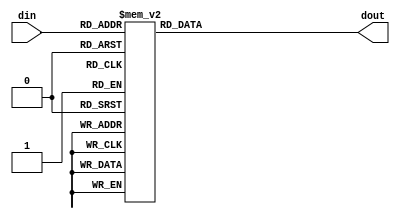
// -------------------------------------------------------------------------------------------------
// Function         :   ZUC Cryptographic Algorithm Core S-BOX
// -------------------------------------------------------------------------------------------------
// Version            v-1.0
// copyright          XCrypt Studio
// -------------------------------------------------------------------------------------------------

module zuc_s1(
    input   [7:0]   din,
    output  [7:0]   dout
    );
    reg [7:0] r_dout;
    assign dout = r_dout;
    always@(din) begin
        case(din)
			8'h00 : r_dout = 8'h55;
			8'h01 : r_dout = 8'hc2;
			8'h02 : r_dout = 8'h63;
			8'h03 : r_dout = 8'h71;
			8'h04 : r_dout = 8'h3b;
			8'h05 : r_dout = 8'hc8;
			8'h06 : r_dout = 8'h47;
			8'h07 : r_dout = 8'h86;
			8'h08 : r_dout = 8'h9f;
			8'h09 : r_dout = 8'h3c;
			8'h0a : r_dout = 8'hda;
			8'h0b : r_dout = 8'h5b;
			8'h0c : r_dout = 8'h29;
			8'h0d : r_dout = 8'haa;
			8'h0e : r_dout = 8'hfd;
			8'h0f : r_dout = 8'h77;
			8'h10 : r_dout = 8'h8c;
			8'h11 : r_dout = 8'hc5;
			8'h12 : r_dout = 8'h94;
			8'h13 : r_dout = 8'h0c;
			8'h14 : r_dout = 8'ha6;
			8'h15 : r_dout = 8'h1a;
			8'h16 : r_dout = 8'h13;
			8'h17 : r_dout = 8'h00;
			8'h18 : r_dout = 8'he3;
			8'h19 : r_dout = 8'ha8;
			8'h1a : r_dout = 8'h16;
			8'h1b : r_dout = 8'h72;
			8'h1c : r_dout = 8'h40;
			8'h1d : r_dout = 8'hf9;
			8'h1e : r_dout = 8'hf8;
			8'h1f : r_dout = 8'h42;
			8'h20 : r_dout = 8'h44;
			8'h21 : r_dout = 8'h26;
			8'h22 : r_dout = 8'h68;
			8'h23 : r_dout = 8'h96;
			8'h24 : r_dout = 8'h81;
			8'h25 : r_dout = 8'hd9;
			8'h26 : r_dout = 8'h45;
			8'h27 : r_dout = 8'h3e;
			8'h28 : r_dout = 8'h10;
			8'h29 : r_dout = 8'h76;
			8'h2a : r_dout = 8'hc6;
			8'h2b : r_dout = 8'ha7;
			8'h2c : r_dout = 8'h8b;
			8'h2d : r_dout = 8'h39;
			8'h2e : r_dout = 8'h43;
			8'h2f : r_dout = 8'he1;
			8'h30 : r_dout = 8'h3a;
			8'h31 : r_dout = 8'hb5;
			8'h32 : r_dout = 8'h56;
			8'h33 : r_dout = 8'h2a;
			8'h34 : r_dout = 8'hc0;
			8'h35 : r_dout = 8'h6d;
			8'h36 : r_dout = 8'hb3;
			8'h37 : r_dout = 8'h05;
			8'h38 : r_dout = 8'h22;
			8'h39 : r_dout = 8'h66;
			8'h3a : r_dout = 8'hbf;
			8'h3b : r_dout = 8'hdc;
			8'h3c : r_dout = 8'h0b;
			8'h3d : r_dout = 8'hfa;
			8'h3e : r_dout = 8'h62;
			8'h3f : r_dout = 8'h48;
			8'h40 : r_dout = 8'hdd;
			8'h41 : r_dout = 8'h20;
			8'h42 : r_dout = 8'h11;
			8'h43 : r_dout = 8'h06;
			8'h44 : r_dout = 8'h36;
			8'h45 : r_dout = 8'hc9;
			8'h46 : r_dout = 8'hc1;
			8'h47 : r_dout = 8'hcf;
			8'h48 : r_dout = 8'hf6;
			8'h49 : r_dout = 8'h27;
			8'h4a : r_dout = 8'h52;
			8'h4b : r_dout = 8'hbb;
			8'h4c : r_dout = 8'h69;
			8'h4d : r_dout = 8'hf5;
			8'h4e : r_dout = 8'hd4;
			8'h4f : r_dout = 8'h87;
			8'h50 : r_dout = 8'h7f;
			8'h51 : r_dout = 8'h84;
			8'h52 : r_dout = 8'h4c;
			8'h53 : r_dout = 8'hd2;
			8'h54 : r_dout = 8'h9c;
			8'h55 : r_dout = 8'h57;
			8'h56 : r_dout = 8'ha4;
			8'h57 : r_dout = 8'hbc;
			8'h58 : r_dout = 8'h4f;
			8'h59 : r_dout = 8'h9a;
			8'h5a : r_dout = 8'hdf;
			8'h5b : r_dout = 8'hfe;
			8'h5c : r_dout = 8'hd6;
			8'h5d : r_dout = 8'h8d;
			8'h5e : r_dout = 8'h7a;
			8'h5f : r_dout = 8'heb;
			8'h60 : r_dout = 8'h2b;
			8'h61 : r_dout = 8'h53;
			8'h62 : r_dout = 8'hd8;
			8'h63 : r_dout = 8'h5c;
			8'h64 : r_dout = 8'ha1;
			8'h65 : r_dout = 8'h14;
			8'h66 : r_dout = 8'h17;
			8'h67 : r_dout = 8'hfb;
			8'h68 : r_dout = 8'h23;
			8'h69 : r_dout = 8'hd5;
			8'h6a : r_dout = 8'h7d;
			8'h6b : r_dout = 8'h30;
			8'h6c : r_dout = 8'h67;
			8'h6d : r_dout = 8'h73;
			8'h6e : r_dout = 8'h08;
			8'h6f : r_dout = 8'h09;
			8'h70 : r_dout = 8'hee;
			8'h71 : r_dout = 8'hb7;
			8'h72 : r_dout = 8'h70;
			8'h73 : r_dout = 8'h3f;
			8'h74 : r_dout = 8'h61;
			8'h75 : r_dout = 8'hb2;
			8'h76 : r_dout = 8'h19;
			8'h77 : r_dout = 8'h8e;
			8'h78 : r_dout = 8'h4e;
			8'h79 : r_dout = 8'he5;
			8'h7a : r_dout = 8'h4b;
			8'h7b : r_dout = 8'h93;
			8'h7c : r_dout = 8'h8f;
			8'h7d : r_dout = 8'h5d;
			8'h7e : r_dout = 8'hdb;
			8'h7f : r_dout = 8'ha9;
			8'h80 : r_dout = 8'had;
			8'h81 : r_dout = 8'hf1;
			8'h82 : r_dout = 8'hae;
			8'h83 : r_dout = 8'h2e;
			8'h84 : r_dout = 8'hcb;
			8'h85 : r_dout = 8'h0d;
			8'h86 : r_dout = 8'hfc;
			8'h87 : r_dout = 8'hf4;
			8'h88 : r_dout = 8'h2d;
			8'h89 : r_dout = 8'h46;
			8'h8a : r_dout = 8'h6e;
			8'h8b : r_dout = 8'h1d;
			8'h8c : r_dout = 8'h97;
			8'h8d : r_dout = 8'he8;
			8'h8e : r_dout = 8'hd1;
			8'h8f : r_dout = 8'he9;
			8'h90 : r_dout = 8'h4d;
			8'h91 : r_dout = 8'h37;
			8'h92 : r_dout = 8'ha5;
			8'h93 : r_dout = 8'h75;
			8'h94 : r_dout = 8'h5e;
			8'h95 : r_dout = 8'h83;
			8'h96 : r_dout = 8'h9e;
			8'h97 : r_dout = 8'hab;
			8'h98 : r_dout = 8'h82;
			8'h99 : r_dout = 8'h9d;
			8'h9a : r_dout = 8'hb9;
			8'h9b : r_dout = 8'h1c;
			8'h9c : r_dout = 8'he0;
			8'h9d : r_dout = 8'hcd;
			8'h9e : r_dout = 8'h49;
			8'h9f : r_dout = 8'h89;
			8'ha0 : r_dout = 8'h01;
			8'ha1 : r_dout = 8'hb6;
			8'ha2 : r_dout = 8'hbd;
			8'ha3 : r_dout = 8'h58;
			8'ha4 : r_dout = 8'h24;
			8'ha5 : r_dout = 8'ha2;
			8'ha6 : r_dout = 8'h5f;
			8'ha7 : r_dout = 8'h38;
			8'ha8 : r_dout = 8'h78;
			8'ha9 : r_dout = 8'h99;
			8'haa : r_dout = 8'h15;
			8'hab : r_dout = 8'h90;
			8'hac : r_dout = 8'h50;
			8'had : r_dout = 8'hb8;
			8'hae : r_dout = 8'h95;
			8'haf : r_dout = 8'he4;
			8'hb0 : r_dout = 8'hd0;
			8'hb1 : r_dout = 8'h91;
			8'hb2 : r_dout = 8'hc7;
			8'hb3 : r_dout = 8'hce;
			8'hb4 : r_dout = 8'hed;
			8'hb5 : r_dout = 8'h0f;
			8'hb6 : r_dout = 8'hb4;
			8'hb7 : r_dout = 8'h6f;
			8'hb8 : r_dout = 8'ha0;
			8'hb9 : r_dout = 8'hcc;
			8'hba : r_dout = 8'hf0;
			8'hbb : r_dout = 8'h02;
			8'hbc : r_dout = 8'h4a;
			8'hbd : r_dout = 8'h79;
			8'hbe : r_dout = 8'hc3;
			8'hbf : r_dout = 8'hde;
			8'hc0 : r_dout = 8'ha3;
			8'hc1 : r_dout = 8'hef;
			8'hc2 : r_dout = 8'hea;
			8'hc3 : r_dout = 8'h51;
			8'hc4 : r_dout = 8'he6;
			8'hc5 : r_dout = 8'h6b;
			8'hc6 : r_dout = 8'h18;
			8'hc7 : r_dout = 8'hec;
			8'hc8 : r_dout = 8'h1b;
			8'hc9 : r_dout = 8'h2c;
			8'hca : r_dout = 8'h80;
			8'hcb : r_dout = 8'hf7;
			8'hcc : r_dout = 8'h74;
			8'hcd : r_dout = 8'he7;
			8'hce : r_dout = 8'hff;
			8'hcf : r_dout = 8'h21;
			8'hd0 : r_dout = 8'h5a;
			8'hd1 : r_dout = 8'h6a;
			8'hd2 : r_dout = 8'h54;
			8'hd3 : r_dout = 8'h1e;
			8'hd4 : r_dout = 8'h41;
			8'hd5 : r_dout = 8'h31;
			8'hd6 : r_dout = 8'h92;
			8'hd7 : r_dout = 8'h35;
			8'hd8 : r_dout = 8'hc4;
			8'hd9 : r_dout = 8'h33;
			8'hda : r_dout = 8'h07;
			8'hdb : r_dout = 8'h0a;
			8'hdc : r_dout = 8'hba;
			8'hdd : r_dout = 8'h7e;
			8'hde : r_dout = 8'h0e;
			8'hdf : r_dout = 8'h34;
			8'he0 : r_dout = 8'h88;
			8'he1 : r_dout = 8'hb1;
			8'he2 : r_dout = 8'h98;
			8'he3 : r_dout = 8'h7c;
			8'he4 : r_dout = 8'hf3;
			8'he5 : r_dout = 8'h3d;
			8'he6 : r_dout = 8'h60;
			8'he7 : r_dout = 8'h6c;
			8'he8 : r_dout = 8'h7b;
			8'he9 : r_dout = 8'hca;
			8'hea : r_dout = 8'hd3;
			8'heb : r_dout = 8'h1f;
			8'hec : r_dout = 8'h32;
			8'hed : r_dout = 8'h65;
			8'hee : r_dout = 8'h04;
			8'hef : r_dout = 8'h28;
			8'hf0 : r_dout = 8'h64;
			8'hf1 : r_dout = 8'hbe;
			8'hf2 : r_dout = 8'h85;
			8'hf3 : r_dout = 8'h9b;
			8'hf4 : r_dout = 8'h2f;
			8'hf5 : r_dout = 8'h59;
			8'hf6 : r_dout = 8'h8a;
			8'hf7 : r_dout = 8'hd7;
			8'hf8 : r_dout = 8'hb0;
			8'hf9 : r_dout = 8'h25;
			8'hfa : r_dout = 8'hac;
			8'hfb : r_dout = 8'haf;
			8'hfc : r_dout = 8'h12;
			8'hfd : r_dout = 8'h03;
			8'hfe : r_dout = 8'he2;
			8'hff : r_dout = 8'hf2;
        endcase
    end

endmodule